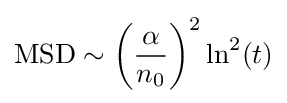
\mathrm {MSD} \sim \left({\frac {\alpha }{n_{0}}}\right)^{2}\ln ^{2}(t)